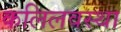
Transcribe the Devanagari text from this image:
कलिलवस्था